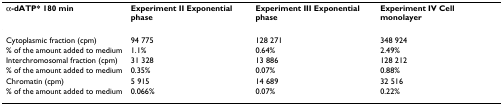
| α-dATP* 180 min | Experiment II Exponential phase | Experiment III Exponential phase | Experiment IV Cell monolayer |
 | --- | --- | --- | --- |
 | Cytoplasmic fraction (cpm) | 94 775 | 128 271 | 348 924 |
 | % of the amount added to medium | 1.1% | 0.64% | 2.49% |
 | Interchromosomal fraction (cpm) | 31 328 | 13 886 | 128 212 |
 | % of the amount added to medium | 0.35% | 0.07% | 0.88% |
 | Chromatin (cpm) | 5 915 | 14 689 | 32 516 |
 | % of the amount added to medium | 0.066% | 0.07% | 0.22% |